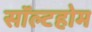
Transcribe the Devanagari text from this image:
सॉल्टहोम